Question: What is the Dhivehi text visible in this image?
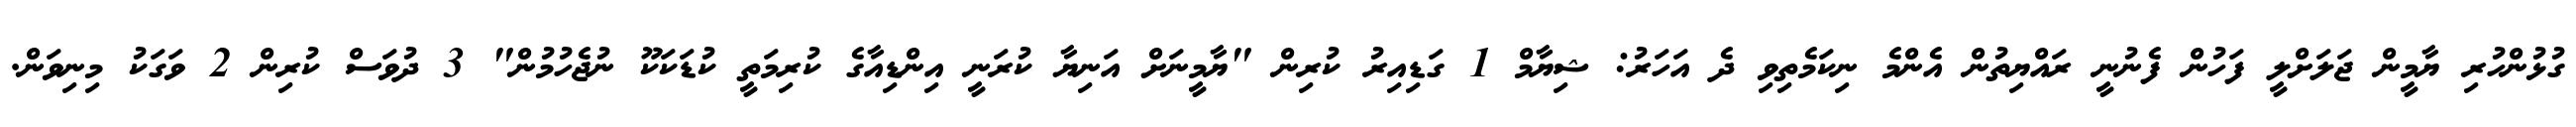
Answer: ގުޅުންހުރި ޔާމީން ޖަލަށްލީ ފަހުން ފެނުނީ ރައްޔިތުން އެންމެ ނިކަމެތިވި ދެ އަހަރު: ޝިޔާމް 1 ގަޑިއިރު ކުރިން "ޔާމީނަށް އަނިޔާ ކުރަނީ އިންޑިއާގެ ކުރިމަތީ ކުޑަކަކޫ ނުޖެހުމުން" 3 ދުވަސް ކުރިން 2 ވަގަކު މިނިވަން.